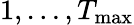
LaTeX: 1,\dots,T_{\mathrm{max}}